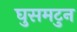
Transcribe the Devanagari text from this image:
घुसमटुन